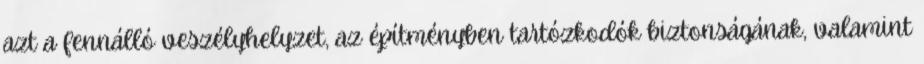
azt a fennálló veszélyhelyzet, az építményben tartózkodók biztonságának, valamint